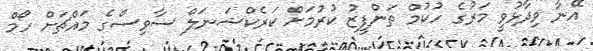
އޭނާ ވިދާޅުވީ މަރުގެ ހުކުމް ތަންފީޒު ކުރުމަށް ކަރެކްޝަނަލް ސާވިސްގެ މައްޗަށް ހޯމް